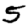
Digit: 5